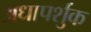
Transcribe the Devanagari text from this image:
अधापर्शुक